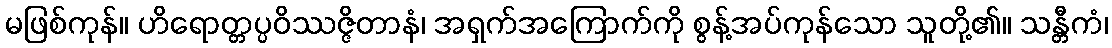
မဖြစ်ကုန်။ ဟိရောတ္တပ္ပဝိဿဇ္ဇိတာနံ၊ အရှက်အကြောက်ကို စွန့်အပ်ကုန်သော သူတို့၏။ သန္တီကံ၊